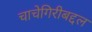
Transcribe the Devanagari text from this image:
चाचेगिरीबद्दल